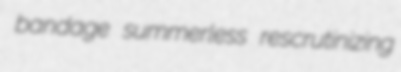
bandage summerless rescrutinizing